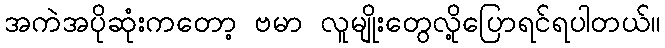
အကဲအပိုဆုံးကတော့ ဗမာ လူမျိုးတွေလို့ပြောရင်ရပါတယ်။